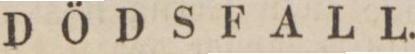
DÖDSFALL.